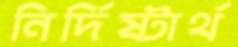
নির্দিষ্টার্থ